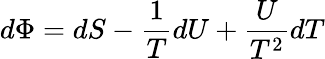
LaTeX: d\Phi=dS-{\frac{1}{T}}dU+{\frac{U}{T^{2}}}dT